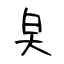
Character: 㚖